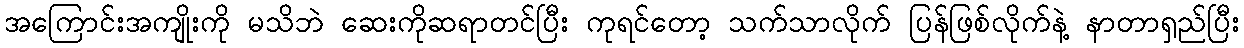
အကြောင်းအကျိုးကို မသိဘဲ ဆေးကိုဆရာတင်ပြီး ကုရင်တော့ သက်သာလိုက် ပြန်ဖြစ်လိုက်နဲ့ နာတာရှည်ပြီး